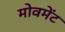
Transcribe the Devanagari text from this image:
मोवमेंट